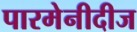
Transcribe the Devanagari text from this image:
पारमेनीदीज